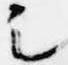
足